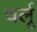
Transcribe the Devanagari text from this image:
घर्लू